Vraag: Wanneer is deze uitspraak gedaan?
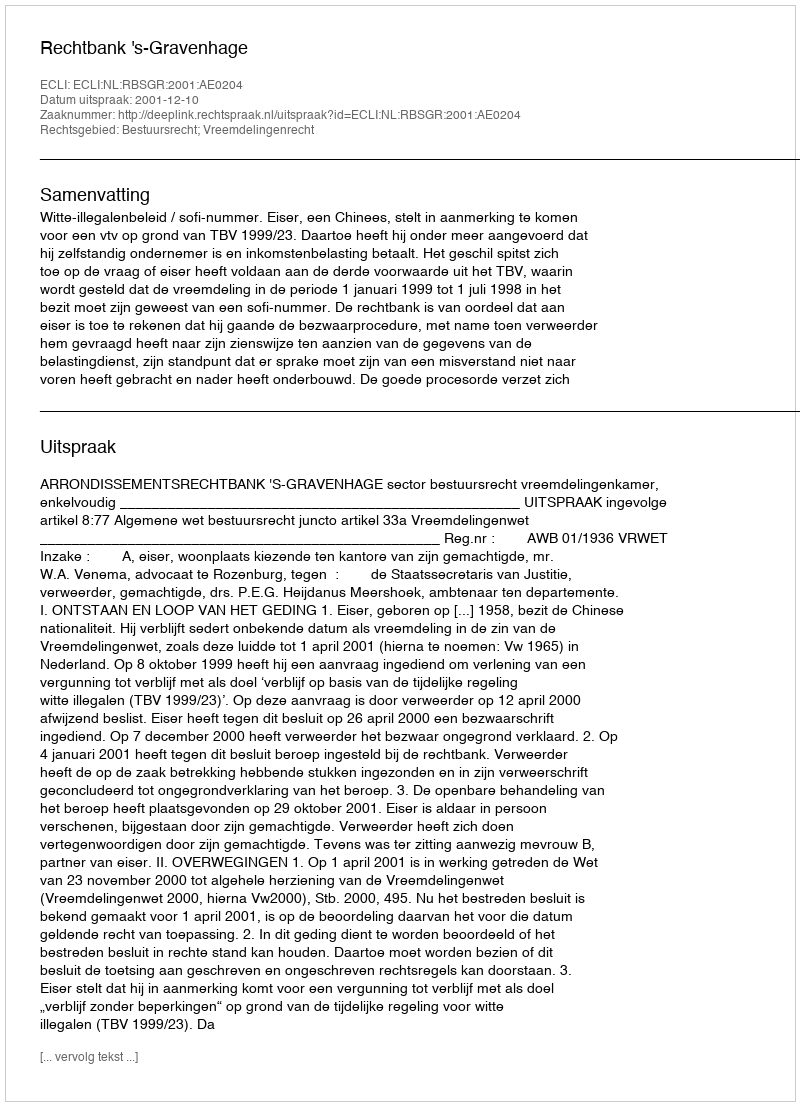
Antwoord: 2001-12-10